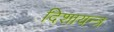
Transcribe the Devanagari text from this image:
दिशायन्त्र